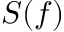
S ( f )